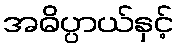
အဓိပ္ပာယ်နှင့်